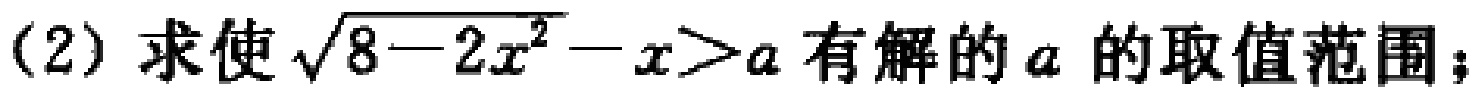
(2) 求使\(\sqrt{8 - 2x^{2}}-x>a\)有解的\(a\)的取值范围；